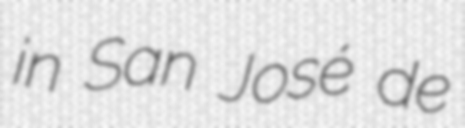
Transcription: in San José de